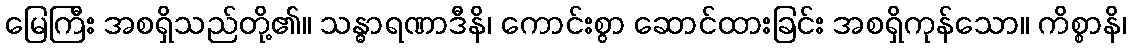
မြေကြီး အစရှိသည်တို့၏။ သန္ဓာရဏာဒီနိ၊ ကောင်းစွာ ဆောင်ထားခြင်း အစရှိကုန်သော။ ကိစ္စာနိ၊